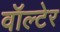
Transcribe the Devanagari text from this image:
वॉल्टेर